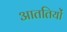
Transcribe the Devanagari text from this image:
आततियों